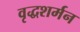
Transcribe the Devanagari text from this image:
वृद्धशर्मन